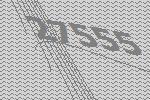
27555